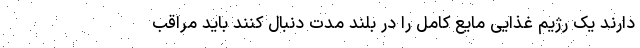
دارند یک رژیم غذایی مایع کامل را در بلند مدت دنبال کنند باید مراقب